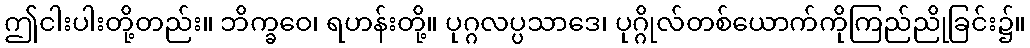
ဤငါးပါးတို့တည်း။ ဘိက္ခဝေ၊ ရဟန်းတို့။ ပုဂ္ဂလပ္ပသာဒေ၊ ပုဂ္ဂိုလ်တစ်ယောက်ကိုကြည်ညိုခြင်း၌။